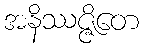
အနိဿဇ္ဇိတေ